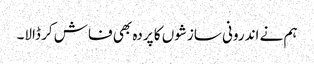
ہم نے اندرونی سازشوں کا پردہ بھی فاش کر ڈالا۔